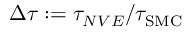
\Delta \tau : = \tau _ { N V E } / \tau _ { \mathrm { S M C } }